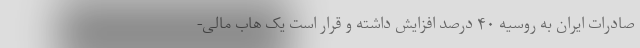
صادرات ایران به روسیه ۴۰ درصد افزایش داشته و قرار است یک هاب مالی-